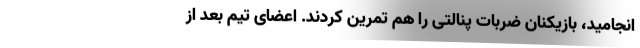
انجامید، بازیکنان ضربات پنالتی را هم تمرین کردند. اعضای تیم بعد از